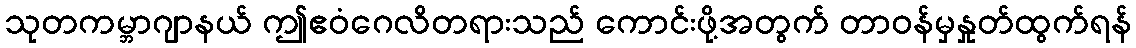
သုတကမ္ဘာဂျာနယ် ဤဧဝံဂေလိတရားသည် ကောင်းဖို့အတွက် တာဝန်မှနှုတ်ထွက်ရန်